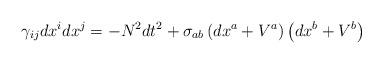
LaTeX: \begin{align*}\gamma _{ij}dx^{i}dx^{j}=-N^{2}dt^{2}+\sigma _{ab}\left( dx^{a}+V^{a}\right)\left( dx^{b}+V^{b}\right) \end{align*}